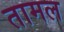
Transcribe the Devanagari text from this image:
तामल